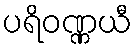
ပရိဝဏ္ဏယီ